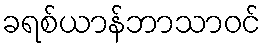
ခရစ်ယာန်ဘာသာဝင်